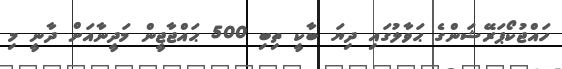
ހައްޖުކޯޕަރޭޝަންގެ ޙަވާލުގައި ދިޔަ ބާކީ ތިބި 500 ޙައްޖާޖީން މަދީނާއަށް ދާނީ މި